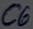
Text: C6